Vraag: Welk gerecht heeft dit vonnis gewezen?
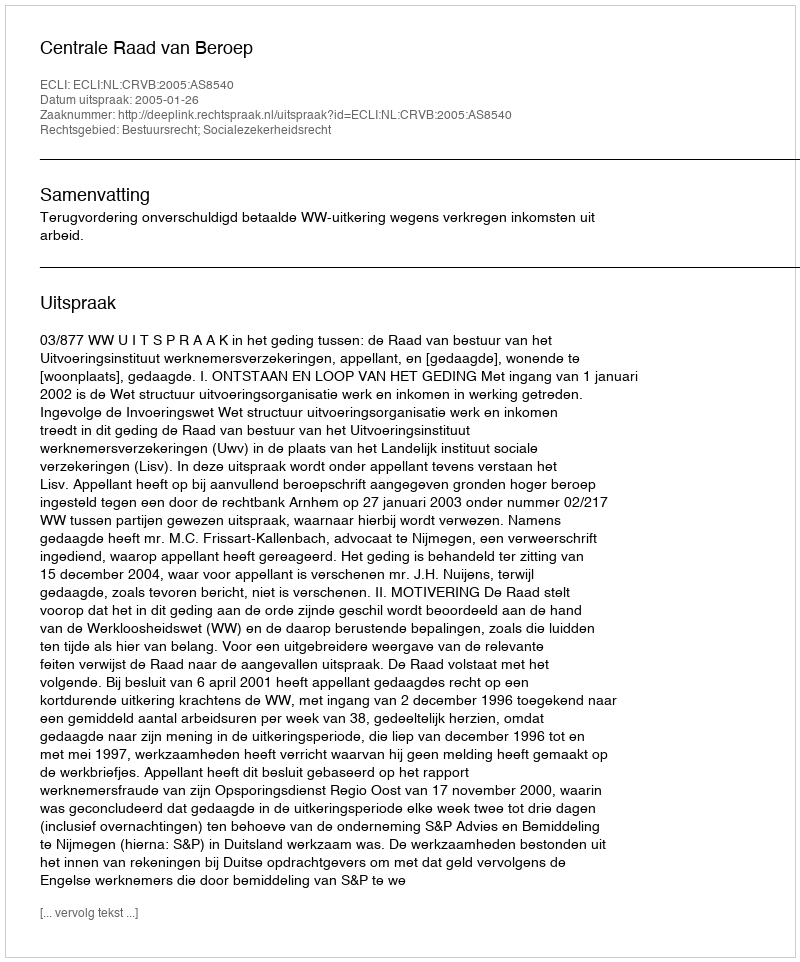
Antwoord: Centrale Raad van Beroep